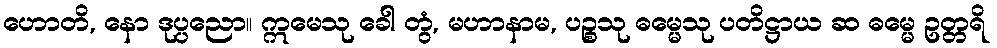
ဟောတိ, နော ဒုပ္ပညော။ ဣမေသု ခေါ တွံ, မဟာနာမ, ပဉ္စသု ဓမ္မေသု ပတိဋ္ဌာယ ဆ ဓမ္မေ ဥတ္တရိ